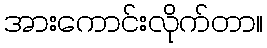
အားကောင်းလိုက်တာ။